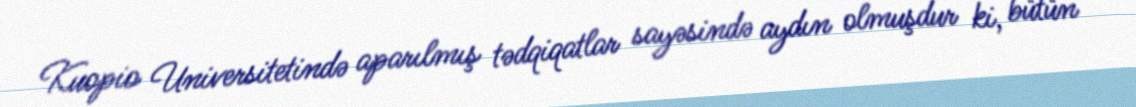
Kuopio Universitetində aparılmış tədqiqatlar sayəsində aydın olmuşdur ki, bütün